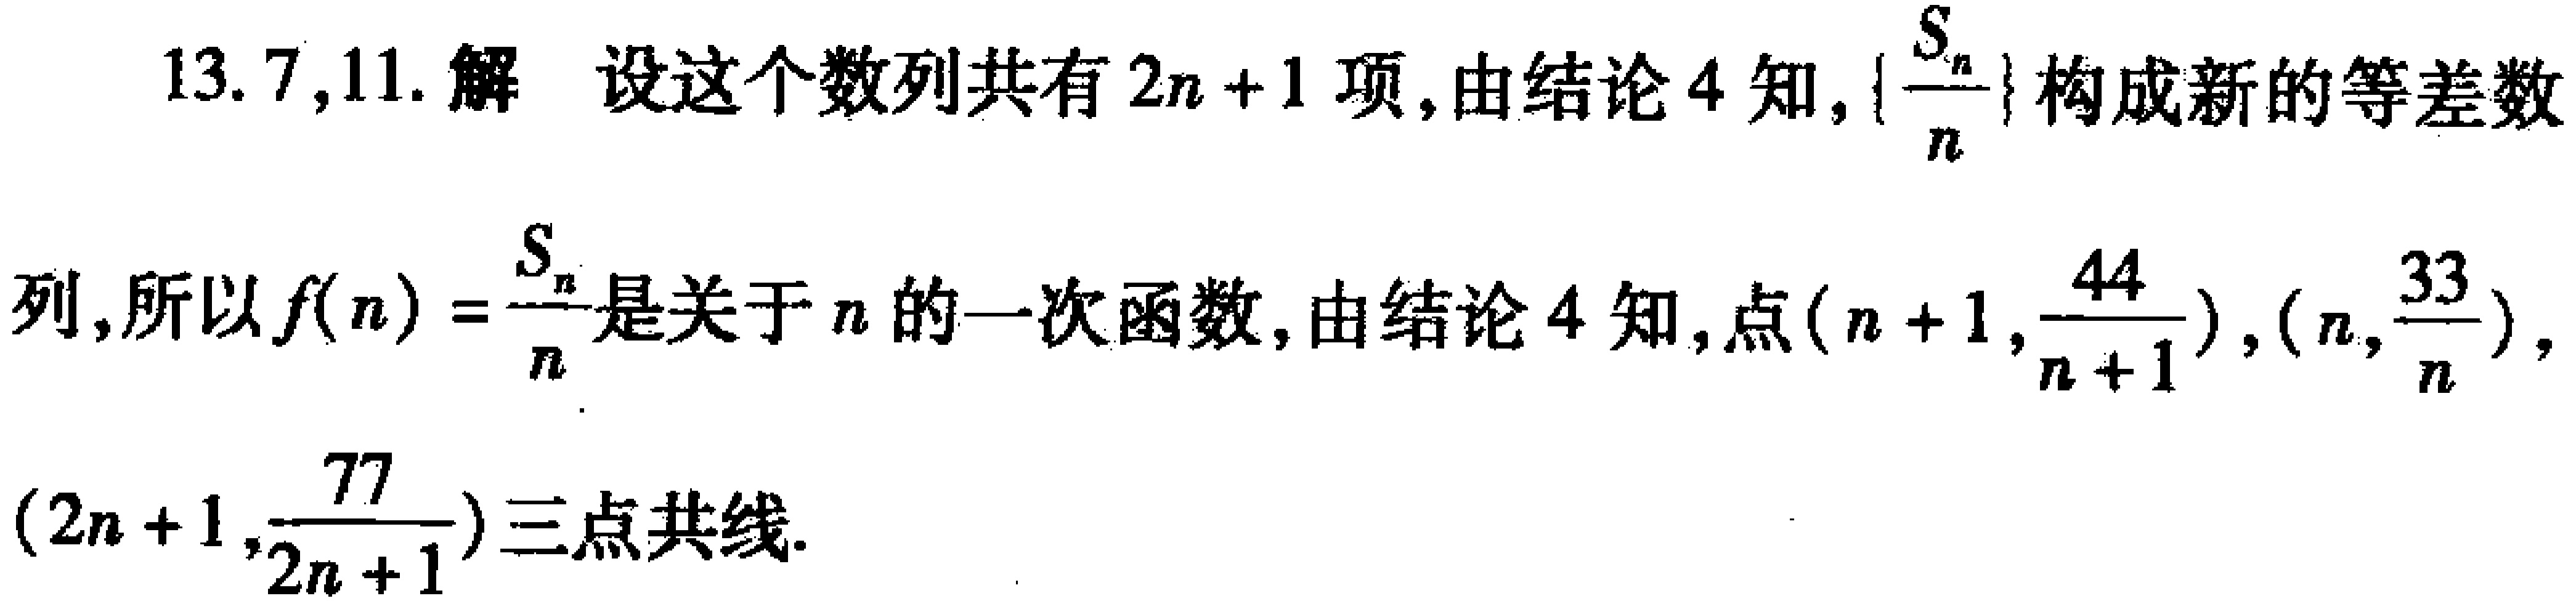
13.7,11. 解 设这个数列共有 \(2n + 1\) 项, 由结论 4 知, \(\left\{\frac{S_{n}}{n}\right\}\) 构成新的等差数
列, 所以 \(f(n)=\frac{S_{n}}{n}\) 是关于 \(n\) 的一次函数, 由结论 4 知, 点 \((n + 1,\frac{44}{n + 1})\), \((n,\frac{33}{n})\),
\((2n + 1,\frac{77}{2n + 1})\) 三点共线.